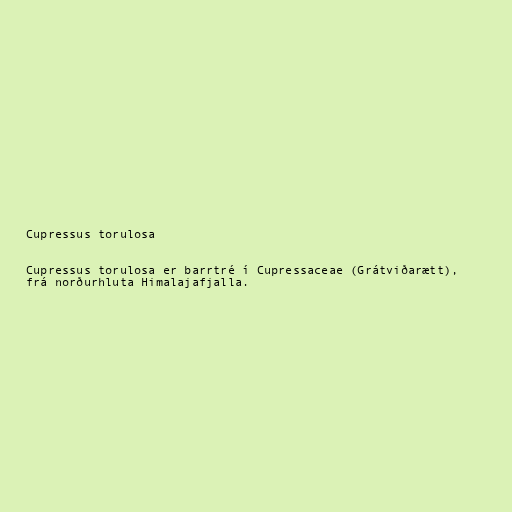
Cupressus torulosa

Cupressus torulosa er barrtré í Cupressaceae (Grátviðarætt),
frá norðurhluta Himalajafjalla.